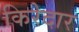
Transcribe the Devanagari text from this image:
किरेदार